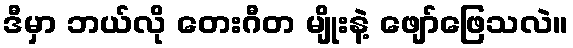
ဒီမှာ ဘယ်လို တေးဂီတ မျိုးနဲ့ ဖျော်ဖြေသလဲ။